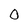
Character: 0